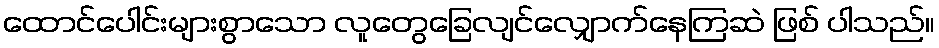
ထောင်ပေါင်းများစွာသော လူတွေခြေလျင်လျှောက်နေကြဆဲ ဖြစ် ပါသည်။